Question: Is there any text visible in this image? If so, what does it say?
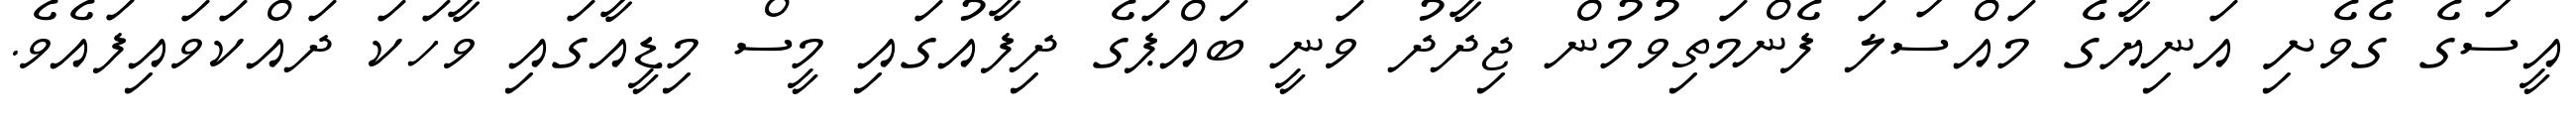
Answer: އީސަގެ ގެވެށި އަނިޔާގެ މައްސަލަ ފެންމަތިވުމުން ޖިދާދު ވަނީ ބައްޕަގެ ދިފާއުގައި މީސް މިޑީއާގައި ވާހަކަ ދައްކަވައިފައެވެ.